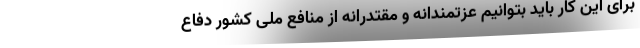
برای این کار باید بتوانیم عزتمندانه و مقتدرانه از منافع ملی کشور دفاع